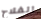
الفلاح